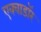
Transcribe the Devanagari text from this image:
एक्वाडॉर